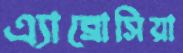
এ্যাব্রোসিয়া